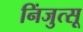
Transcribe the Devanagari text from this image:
निंजुत्सू